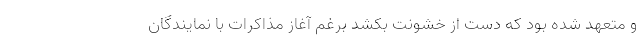
و متعهد شده بود که دست از خشونت بکشد برغم آغاز مذاکرات با نمایندگان